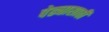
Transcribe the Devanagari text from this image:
पेढ्यासाठी